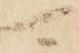
可